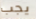
يجب